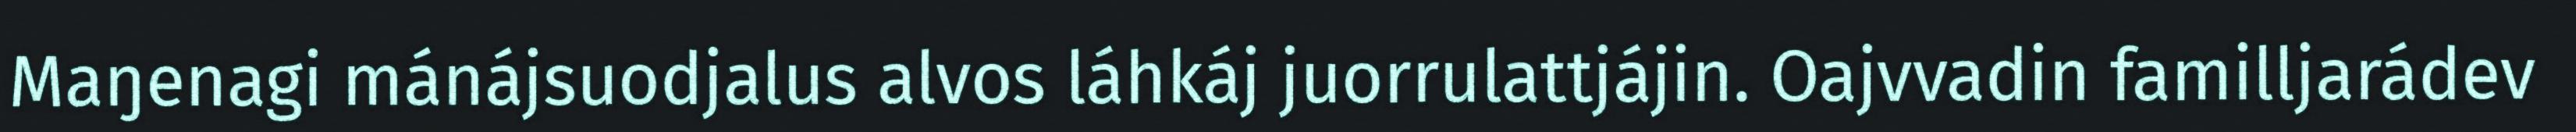
Maŋenagi mánájsuodjalus alvos láhkáj juorrulattjájin. Oajvvadin familljarádev